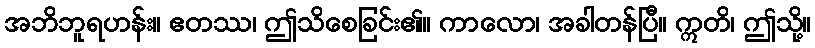
အဘိဘူရဟန်း။ ဧတဿ၊ ဤသိစေခြင်း၏။ ကာလော၊ အခါတန်ပြီ။ ဣတိ၊ ဤသို့။